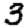
Digit: 3